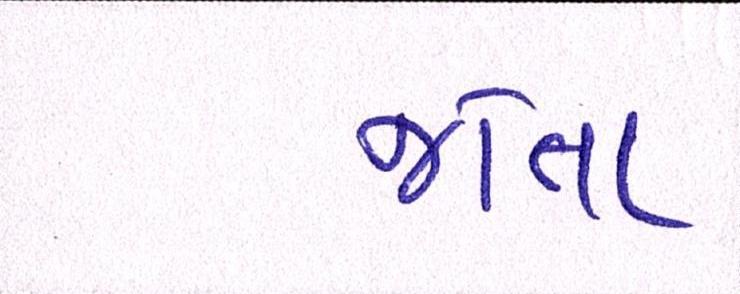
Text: જોતા